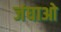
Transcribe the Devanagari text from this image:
जंघाओ